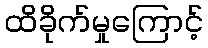
ထိခိုက်မှုကြောင့်